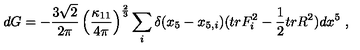
d G = - { \frac { 3 \sqrt 2 } { 2 \pi } } \left( \frac { \kappa _ { 1 1 } } { 4 \pi } \right) ^ { \frac { 2 } { 3 } } \sum _ { i } \delta ( x _ { 5 } - x _ { 5 , i } ) ( t r F _ { i } ^ { 2 } - { \frac { 1 } { 2 } } t r R ^ { 2 } ) d x ^ { 5 } \ ,